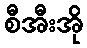
စီအီးအို